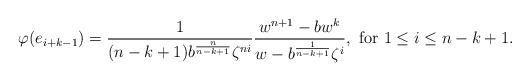
\begin{align*}\varphi(e_{i+k-1})=\frac{1}{(n-k+1)b^{\frac{n}{n-k+1}}\zeta^{ni}}\frac{w^{n+1}-bw^k}{w-b^{\frac{1}{n-k+1}}\zeta^i},\ \mbox{for } 1\leq i\leq n-k+1.\end{align*}